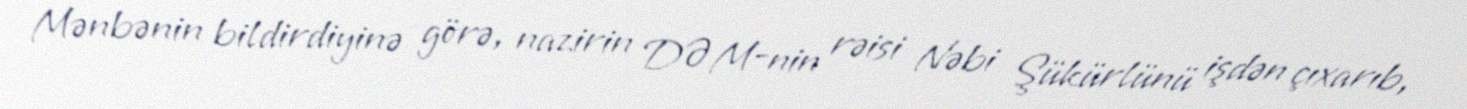
Mənbənin bildirdiyinə görə, nazirin DƏM-nin rəisi Nəbi Şükürlünü işdən çıxarıb,